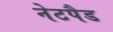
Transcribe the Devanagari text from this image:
नेटपैड